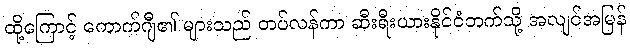
ထို့ကြောင့် ကောက်ဂျီ၏ များသည် တပ်လန်ကာ ဆီးရီးယားနိုင်ငံဘက်သို့ အလျင်အမြန်